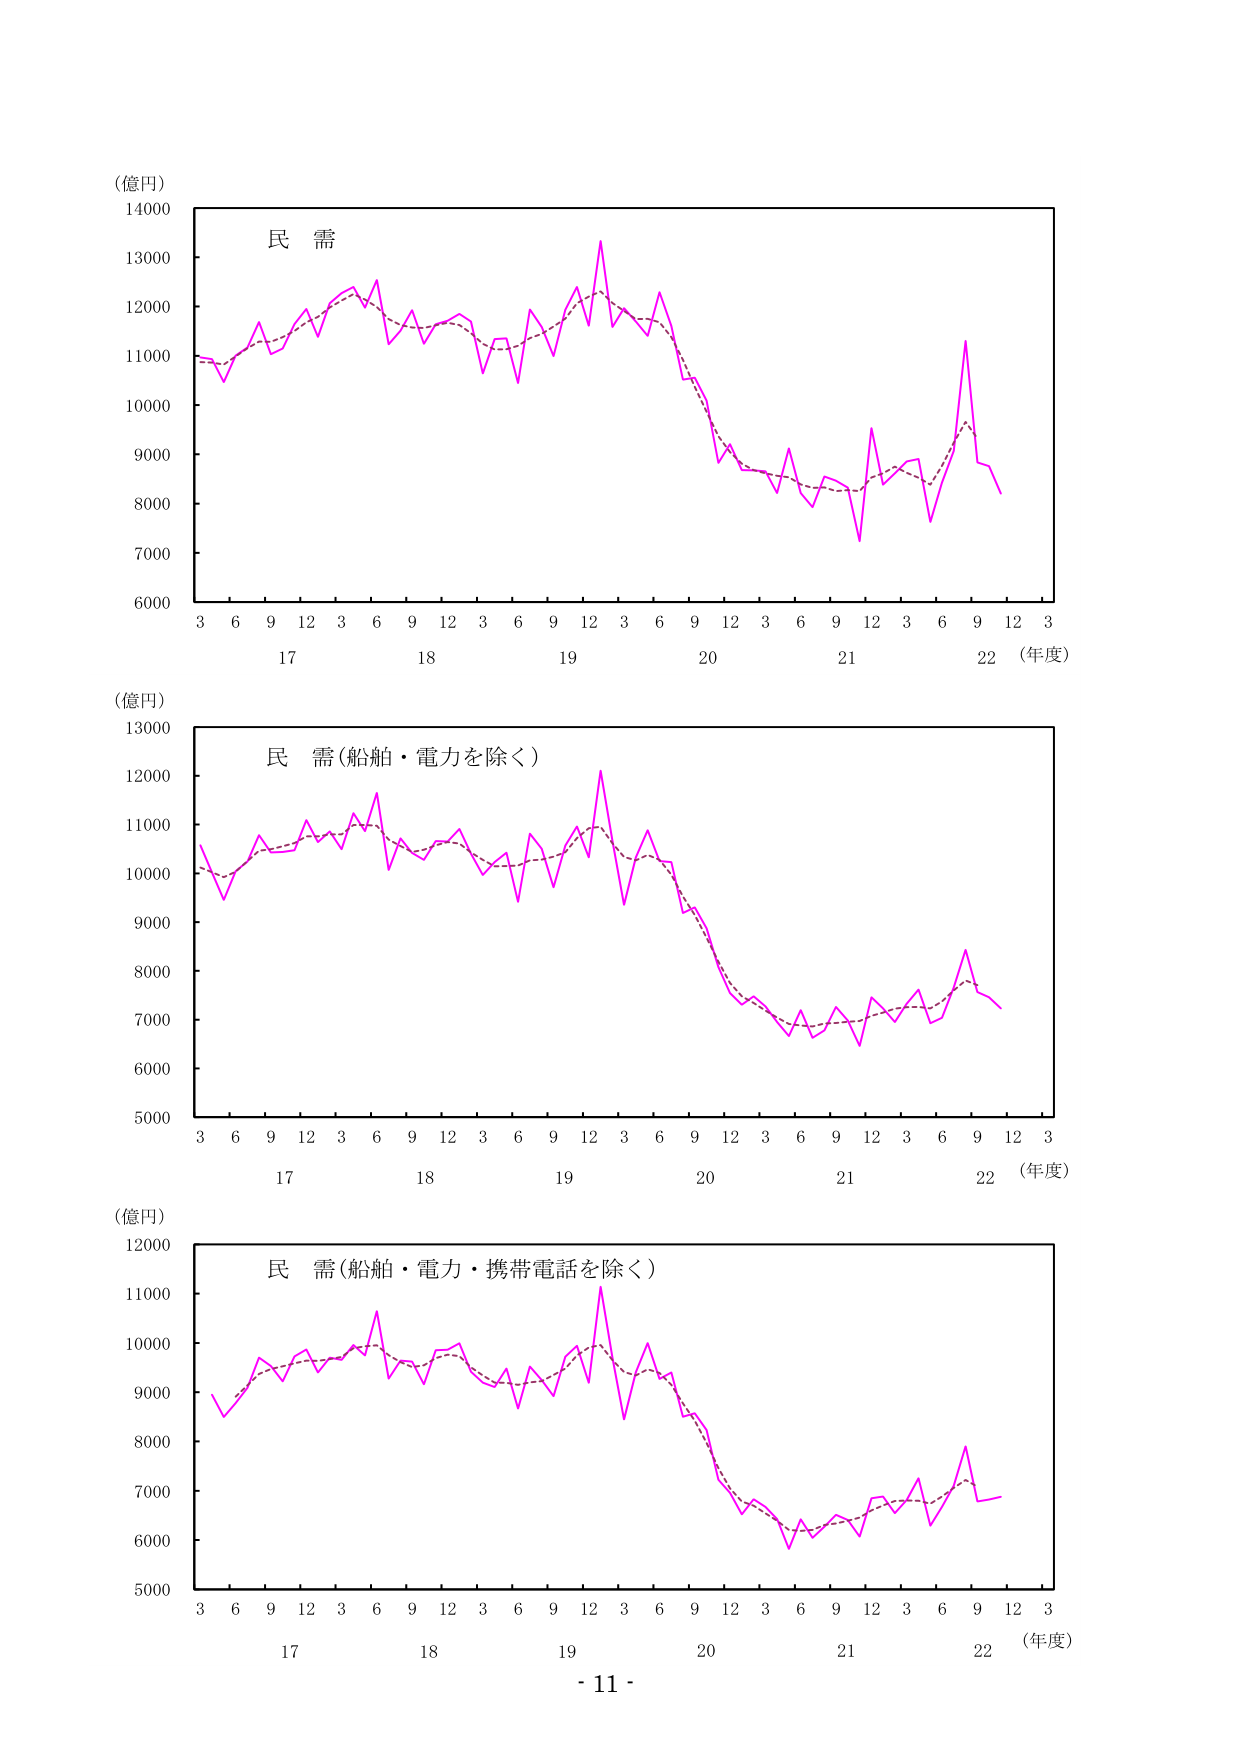
（億円）
14000
13000
12000
11000
10000
9000
8000
7000
6000
3 6 9 12 3 6 9 12 3 6 9 12 3 6 9 12 3 6 9 12 3
17 18 19 20 21 22 （年度）
民 需

（億円）
13000
12000
11000
10000
9000
8000
7000
6000
5000
3 6 9 12 3 6 9 12 3 6 9 12 3 6 9 12 3 6 9 12 3
17 18 19 20 21 22 （年度）
民 需（船舶・電力を除く）

（億円）
12000
11000
10000
9000
8000
7000
6000
5000
3 6 9 12 3 6 9 12 3 6 9 12 3 6 9 12 3 6 9 12 3
17 18 19 20 21 22 （年度）
民 需（船舶・電力・携帯電話を除く）

- 11 -